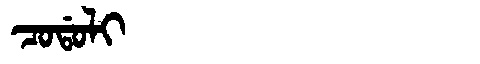
Manchu: ᠴᠣᡩᠣᠯᡳ
Romanization: CODOLI